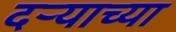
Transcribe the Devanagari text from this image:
दर्‍याच्या